画像に写った文字を読んでください
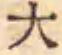
「大」と書いてあります